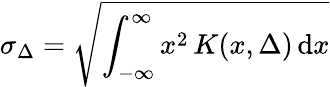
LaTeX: \sigma_{\Delta}=\sqrt{\int_{-\infty}^{\infty}x^{2}\, K(x,\Delta)\, \mathrm{d}x}